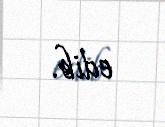
edib.